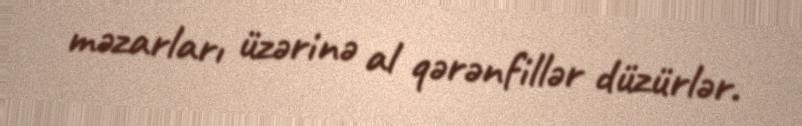
məzarları üzərinə al qərənfillər düzürlər.